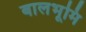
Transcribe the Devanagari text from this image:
बालभूमि